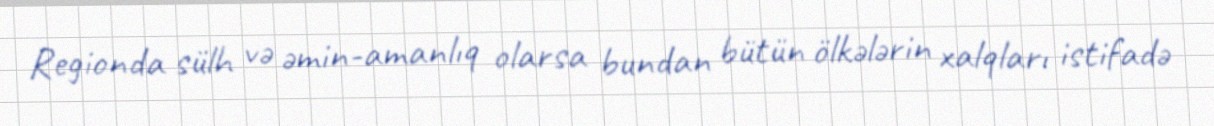
Regionda sülh və əmin-amanlıq olarsa bundan bütün ölkələrin xalqları istifadə